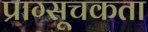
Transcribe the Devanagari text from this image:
प्राग्सूचकता